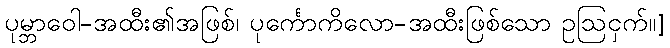
ပုမ္ဘာဝေါ-အထီး၏အဖြစ်၊ ပုင်္ကောကိလော-အထီးဖြစ်သော ဥဩငှက်။]